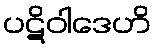
ပဋိဝါဒေဟိ